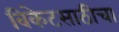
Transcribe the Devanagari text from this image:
विकेटसाठीचा